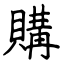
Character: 購